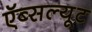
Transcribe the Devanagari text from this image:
ऍब्सल्यूट